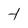
Character: t